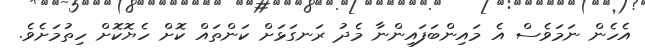
އެހެން ނަމަވެސް އެ މައިންބަފައިންނާ މެދު ރަނގަޅަށް ކަންތައް ކޮށް ހެޔޮކޮށް ހިތުމަށެވެ.